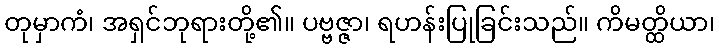
တုမှာကံ၊ အရှင်ဘုရားတို့၏။ ပဗ္ဗဇ္ဇာ၊ ရဟန်းပြုခြင်းသည်။ ကိမတ္ထိယာ၊